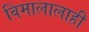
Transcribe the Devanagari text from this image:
विमालालाही